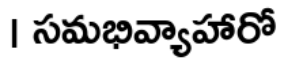
। సమభివ్యాహారో